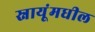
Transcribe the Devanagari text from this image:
स्नायूंमधील